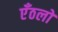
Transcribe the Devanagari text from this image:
एँठलों